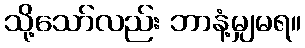
သို့သော်လည်း ဘာနံ့မျှမရ။